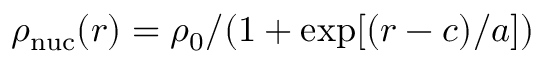
\rho _ { \mathrm { n u c } } ( r ) = \rho _ { 0 } / ( 1 + \exp [ ( r - c ) / a ] )